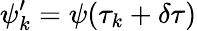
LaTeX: \psi_{k}^{\prime}=\psi(\tau_{k}+\delta\tau)